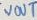
Text: VOUT